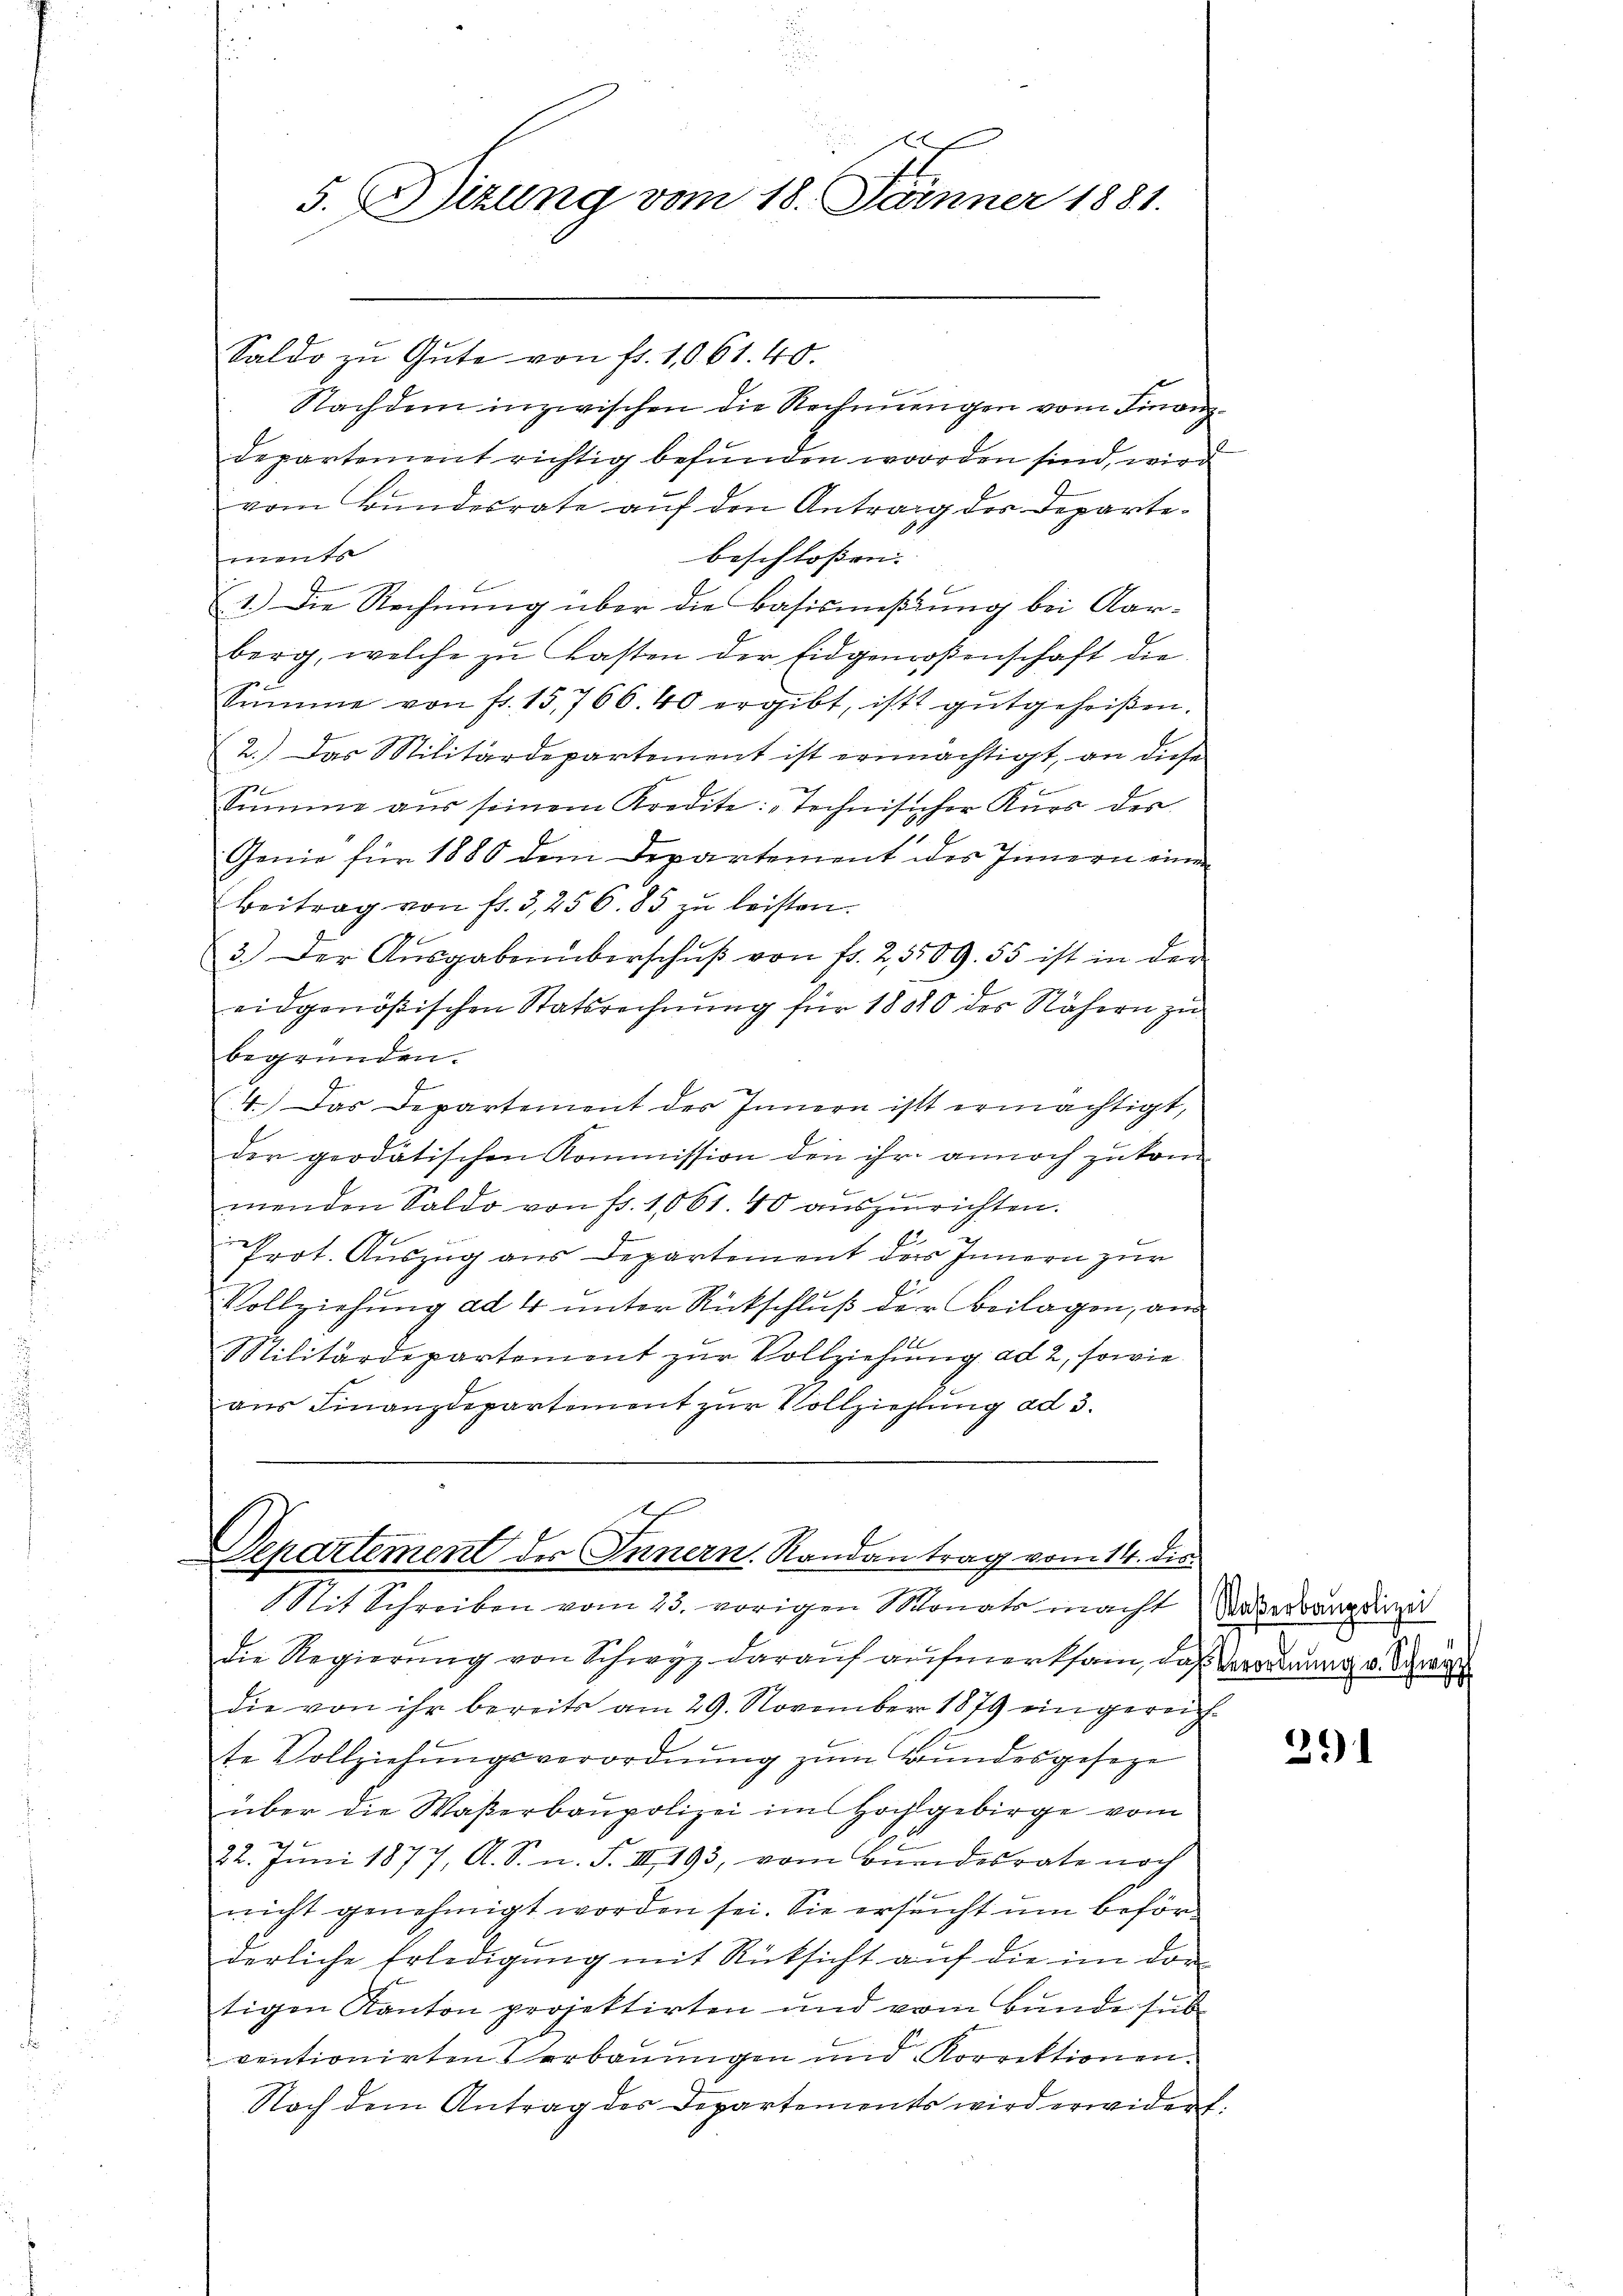
Saldo zu Gute von fr. 1061. 40.
Nachdem inzwischen die Rechnungen vom Finanz-
departement richtig befunden worden sind, wird
vom Bundesrate auf den Antrag des Departesmente
beschloßen:
1.) Die Rechnung über die Basismeßung bei Aarberg, welche zu Lasten der Eidgenoßenschaft die
Sŭmme von fr. 15,766. 40 ergibt, ist gutgeheißen.
2.) Das Militärdepartement ist ermächtigt, an diese
Sŭmme aŭs seinem Kredite: „Technischer Kurs der
Genie für 1880 dem Departement des Innern einen
Beitrag von fl. 3, 256. 85 zu leisten.
3.) Der Aŭsgaben überschŭβ von fr. 25509. 55 ist in der
eidgenößischen Statsrechnung für 18020 des Nähern zu
begründen.
4
4.) Das Departement des Innern ist ermächtigt,
der geodätischen Kommission den ihr annoch zu kom-
menden Saldo von fr. 1061. 40 aŭszŭrichten.
Prot. Auszug aus Departement der Innern zur
Vollziehung ad 4 unter Rückschluß der Beilagen, am
Militärdepartement zŭr Vollziehŭng ad 2, sowie
aus Finanzdepartement zur Vollziehlung ad 3.

5. Sizung vom 18. Jänner 1881.

t
Separtement des Innern Randantrag vom 14. dis.
Mit Schreiben vom 23. vorigen Monats macht deverbung dinger

die Regierŭng von Schwyz daraŭf aŭfmerksam, daß er aus v. Schwar
die von ihr bereits am 29. November 1879 eingereich
te Vollziehungsverordnung zum Bundesgeseze
über die Waßerbaupolizei im Hochgebirge vom
1
22. Juni 1877, A. S. n. F. III 193, vom Bundesrate noch
nicht genehmigt worden sei. Sie ersucht um beförderliche Erledigung mit Rücksicht auf die im dor
tigen Kanton projektirten und vom Bunde sub
ventionirten Verbauungen und Korrektionen.
Nach dem Antrag des Departements wird erwidert.

29)